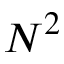
N ^ { 2 }